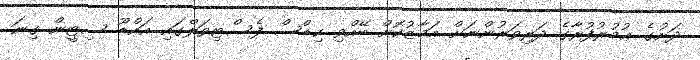
ދަށުގެ ޢުމުރުފުރާގެ ދަރިވަރުންނަށް އަމާޒުކޮށް ބޭއްވި ކިޑްސް ފެސްޓިވަލްގައި އައްޑޫ ސިޓީން ގިނަ